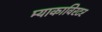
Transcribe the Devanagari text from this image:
म्याकाविरटर